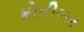
મોતીગર